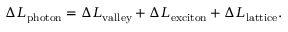
\Delta L _ { \mathrm { p h o t o n } } = \Delta L _ { \mathrm { v a l l e y } } + \Delta L _ { \mathrm { e x c i t o n } } + \Delta L _ { \mathrm { l a t t i c e } } .